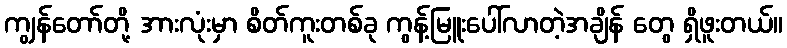
ကျွန်တော်တို့ အားလုံးမှာ စိတ်ကူးတစ်ခု ကွန့်မြူးပေါ်လာတဲ့အချိန် တွေ ရှိဖူးတယ်။